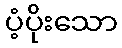
ပံ့ပိုးသော